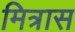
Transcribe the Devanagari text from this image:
मित्रास